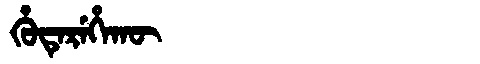
Manchu: ᡥᡠᡨᡝᡵᡝᡥᠠᡴᡡ
Romanization: HUTEREHAKŪ